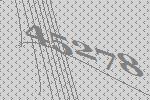
45278